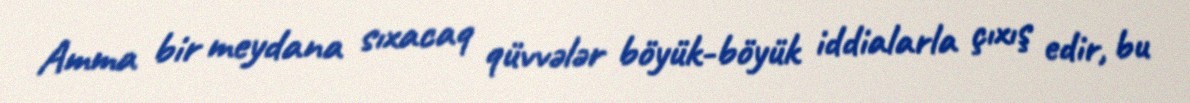
Amma bir meydana sıxacaq qüvvələr böyük-böyük iddialarla çıxış edir, bu